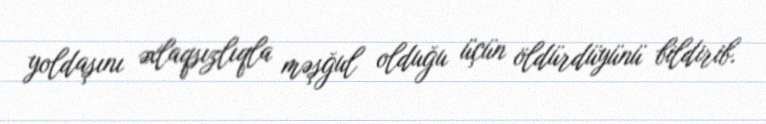
yoldaşını əxlaqsızlıqla məşğul olduğu üçün öldürdüyünü bildirib.